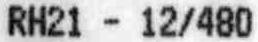
RH21 - 12/480